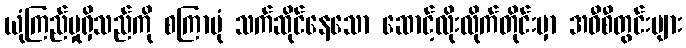
ယုံကြည်မှုရှိသည်ကို စကြာပုံ သက်ဆိုင်နေသော ဆောင့်လိုးလိုက်တိုင်းမှာ အဝီစီတွင်းများ